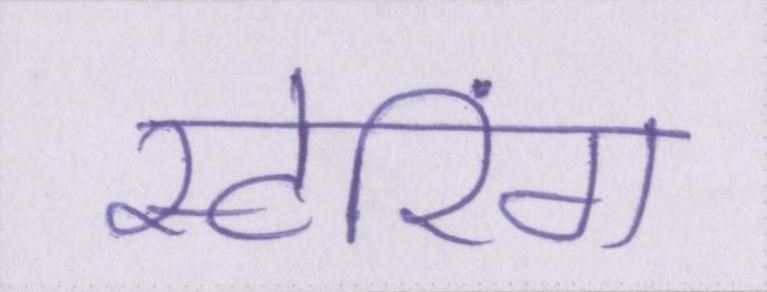
स्टोरिंग